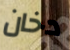
دخان